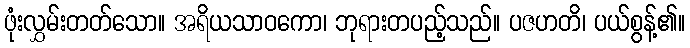
ဖုံးလွှမ်းတတ်သော။ အရိယသာဝကော၊ ဘုရားတပည့်သည်။ ပဇဟတိ၊ ပယ်စွန့်၏။